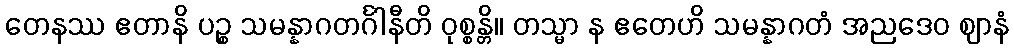
တေနဿ ဧတာနိ ပဉ္စ သမန္နာဂတင်္ဂါနီတိ ဝုစ္စန္တိ။ တသ္မာ န ဧတေဟိ သမန္နာဂတံ အညဒေဝ ဈာနံ